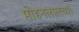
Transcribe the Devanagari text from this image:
मोहनलालच्या